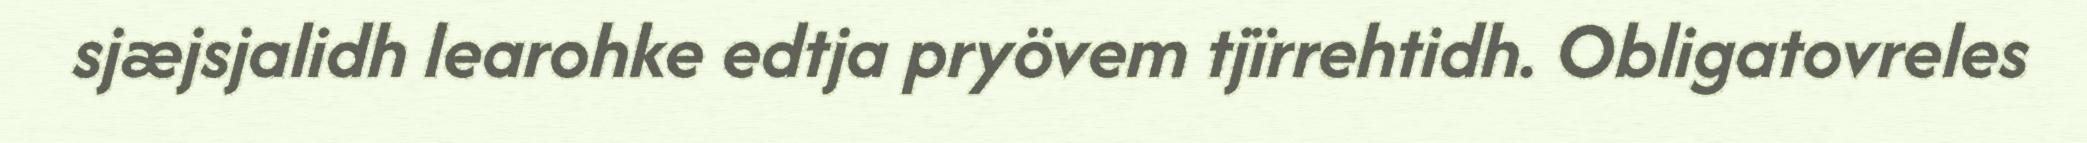
sjæjsjalidh learohke edtja pryövem tjïrrehtidh. Obligatovreles